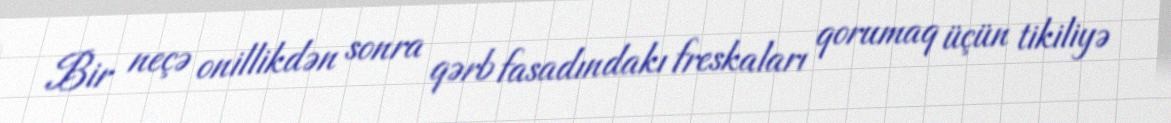
Bir neçə onillikdən sonra qərb fasadındakı freskaları qorumaq üçün tikiliyə